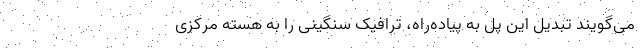
می‌گویند تبدیل این پل به پیاده‌راه، ترافیک سنگینی را به هسته مرکزی